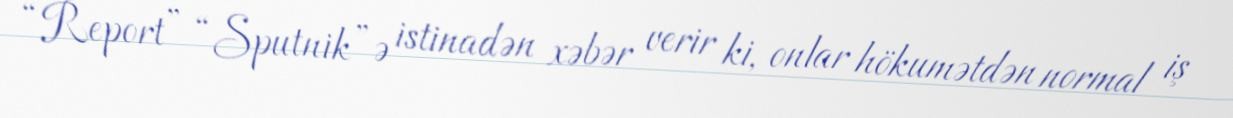
“Report” “Sputnik”ə istinadən xəbər verir ki, onlar hökumətdən normal iş